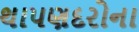
થાપણદરોના